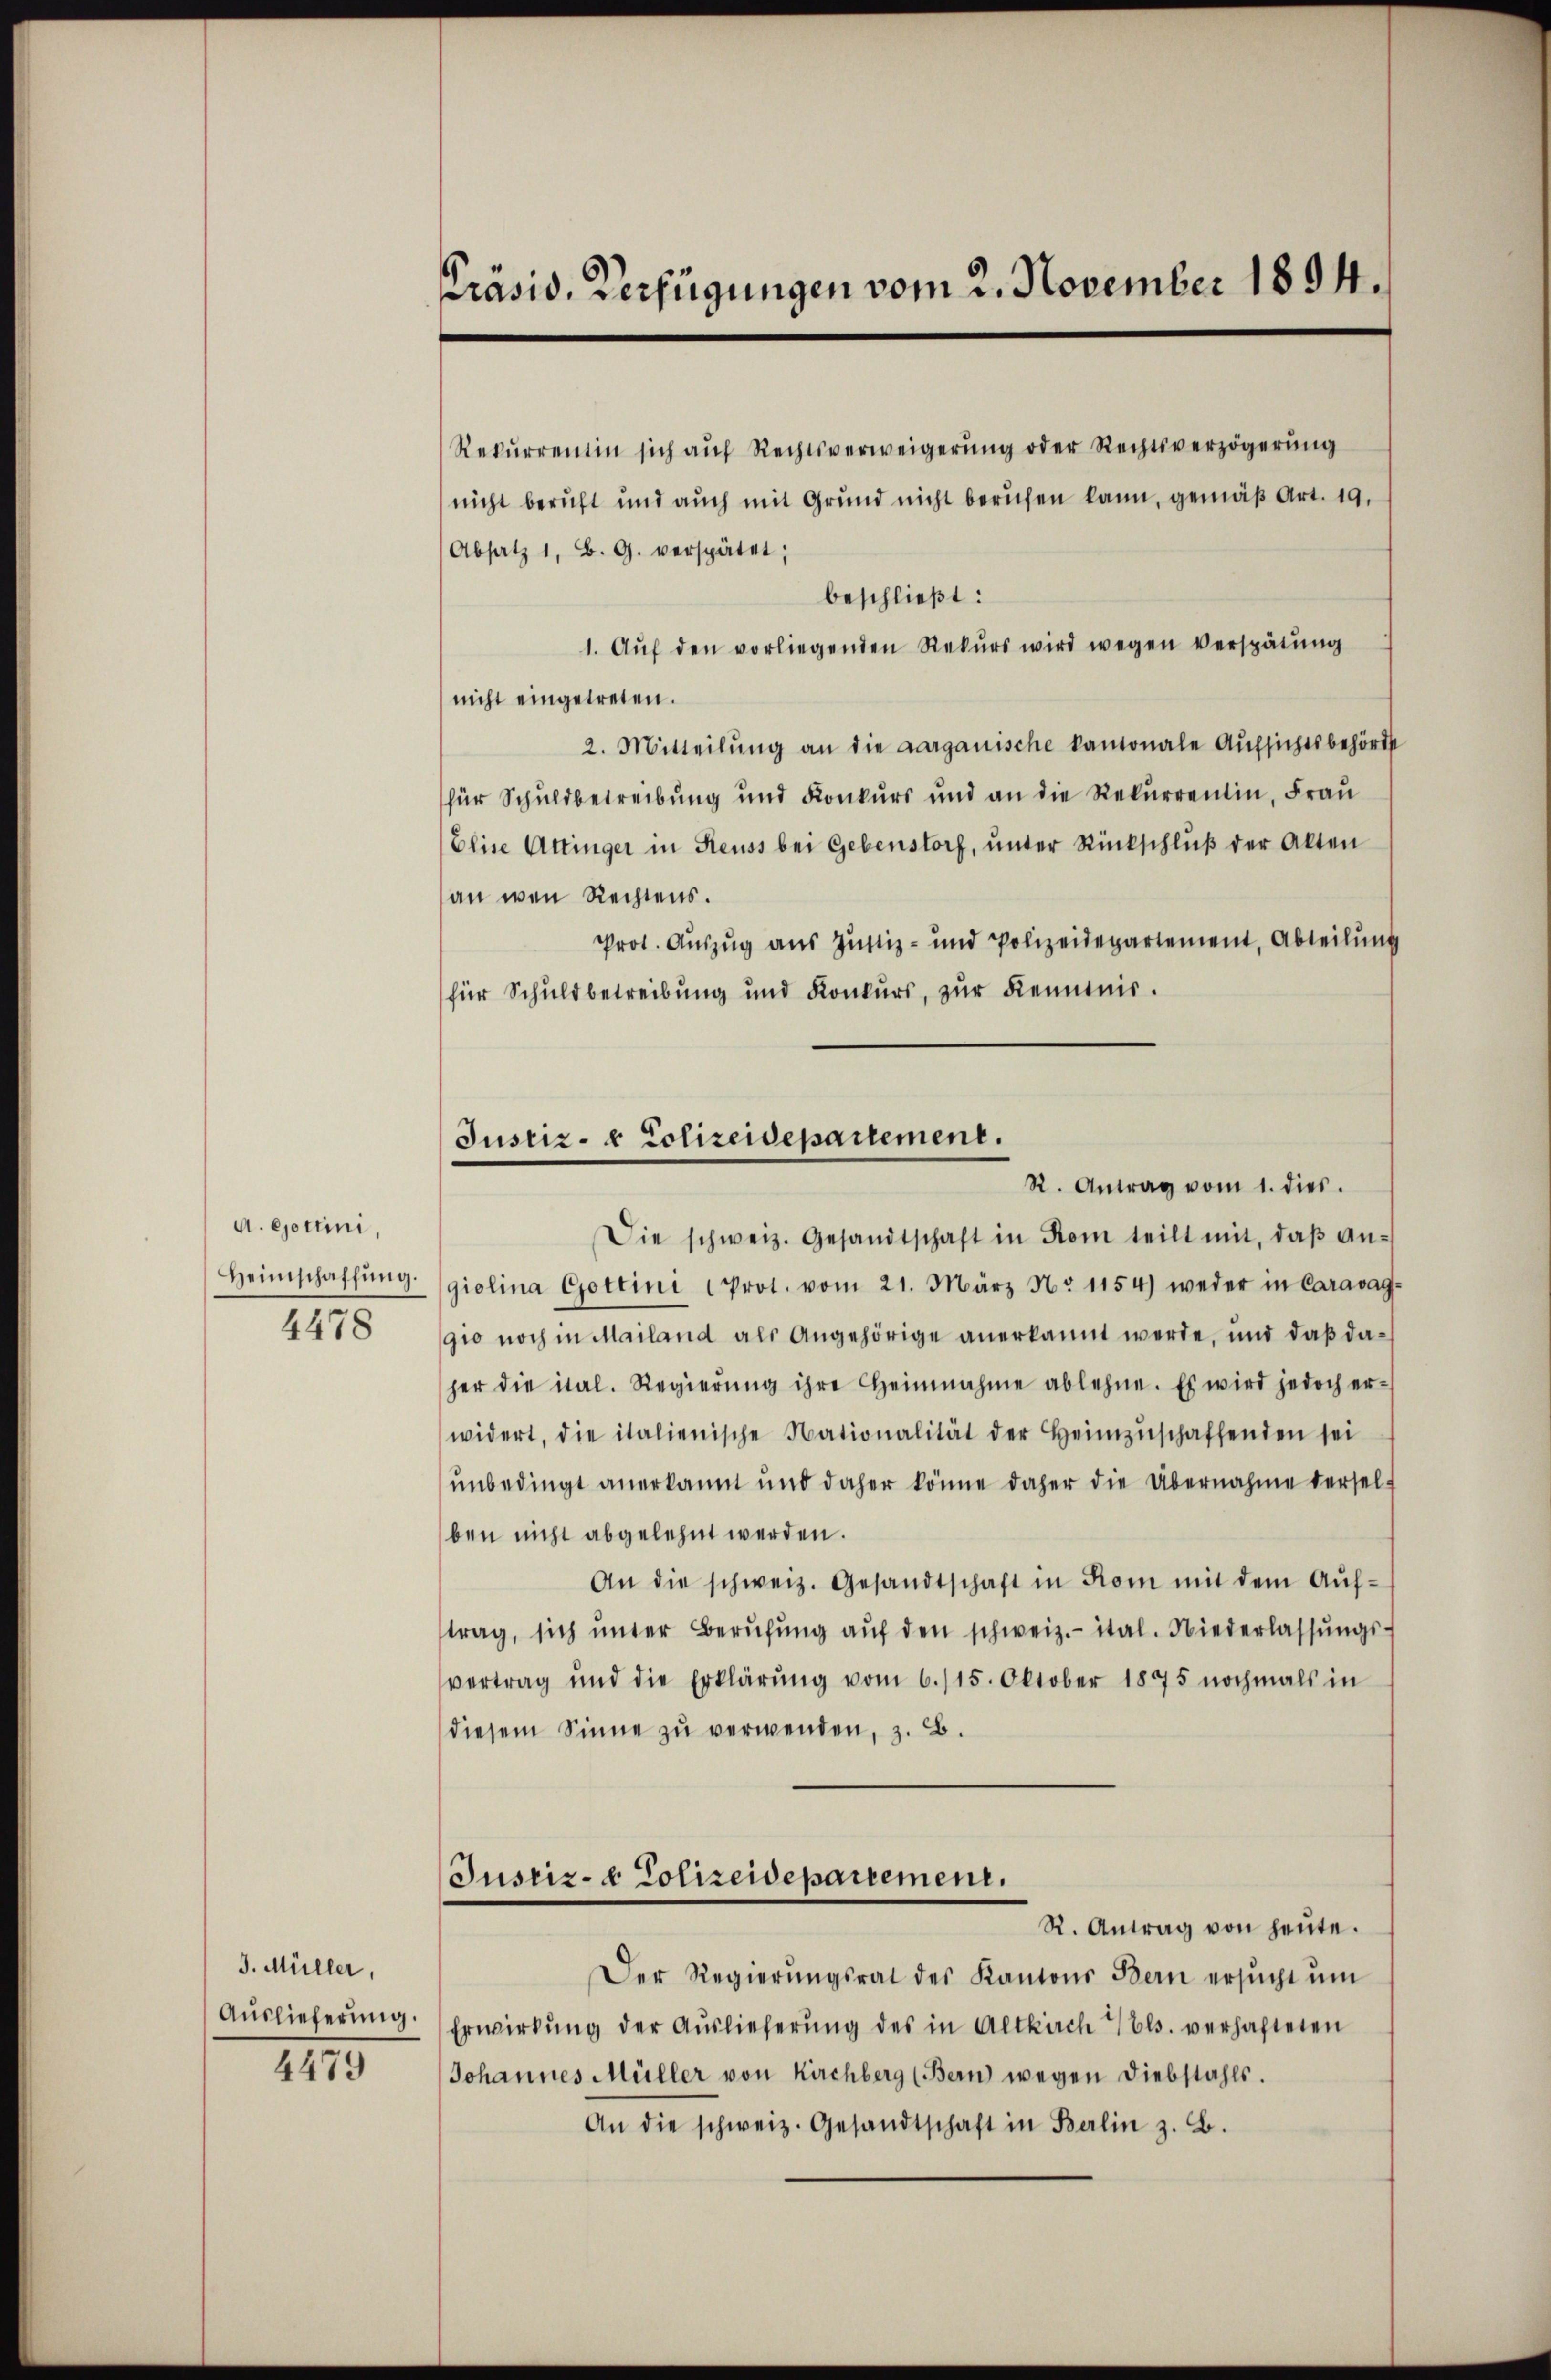
A. Gottini,
Heimschaffung.
4478

J. Müller,
Auslieferung.

4479

Präsid. Verfügungen vom 2. November 1894.

Rekŭrrentin sich aŭf Rechtsverweigerŭng oder Rechtsverzögerŭng
nicht beruft und aŭch mit Grund nicht berufen kann, gemäβ Art. 19.
Absatz 1. B. G. verspätet;
beschließt:
1. Aŭf den vorliegenden Rekurs wird wegen verspätung
nicht eingetreten.
2. Mitteilŭng an die aargauische kamonale Aufsichtsbehörd
für Schuldbetreibung und Konkurs und an die Rekŭrrentin, Frau
Elise Attinger in Reuss bei Gebenstorf, unter Rückschluß der Alten
an wen Rechtens.
Prot. Auszug aus Justiz- und Polizeidepartement, Abteilung
für Schuldbetreibung und Konkŭrs, zŭr Kenntnis.
Die schweiz. Gesandtschaft in Rom teilt mit, daβ an-
giolina Gottini Prot. vom 21. März No 1154) weder in Caravag-
gio noch in Mailand als Angehörige anerkannt werde, und daß daher die ital. Regierŭng ihre Heinnahme ablehne. Es wird jedoch er-
widert, die italienische Nationalität der Heimzŭschaffenden sei
unbedingt anerkannt und daher könne daher die Übernahme derselben nicht abgelehnt werden.
An die schweiz. Gesandtschaft in Rom mit dem Aŭf-
trag, sich ŭnter Berŭfŭng aŭf den schweiz.- ital. Niederlassŭngs-
vertrag und die Erklärŭng vom 6./15. Oktober 1875 nochmals in
diesem Sinne zu verwenden, z. B.
Justiz- & Polizeidepartement.
R. Antrag von heŭte.
Der Regierŭngsrat des Kantons Bern ersŭcht ŭm
Erwirkŭng der Aŭslieferŭng des in Altkirch Bl. verhafteten
Johannes Müller von Kirchberg (Bern wegen Diebstahls.
An die schweiz. Gesandtschaft in Berlin z. B.

Justiz- & Polizeidepartement.
R. Antrag vom 1. dies.